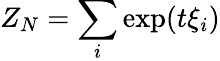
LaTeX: Z_{N}=\sum_{i}\exp(t\xi_{i})